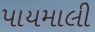
પાયમાલી